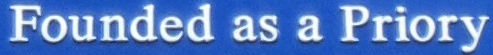
Founded as a Priory